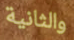
والثانية